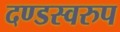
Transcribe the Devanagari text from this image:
दण्डस्वरुप